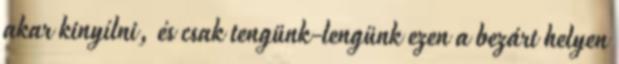
akar kinyílni, és csak tengünk-lengünk ezen a bezárt helyen